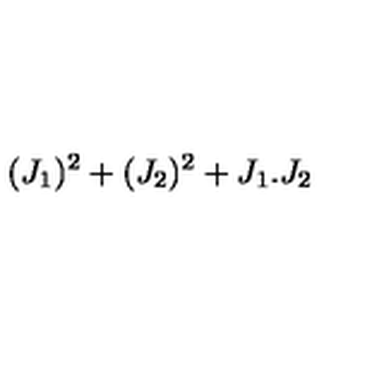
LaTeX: ( J _ { 1 } ) ^ { 2 } + ( J _ { 2 } ) ^ { 2 } + J _ { 1 } . J _ { 2 }